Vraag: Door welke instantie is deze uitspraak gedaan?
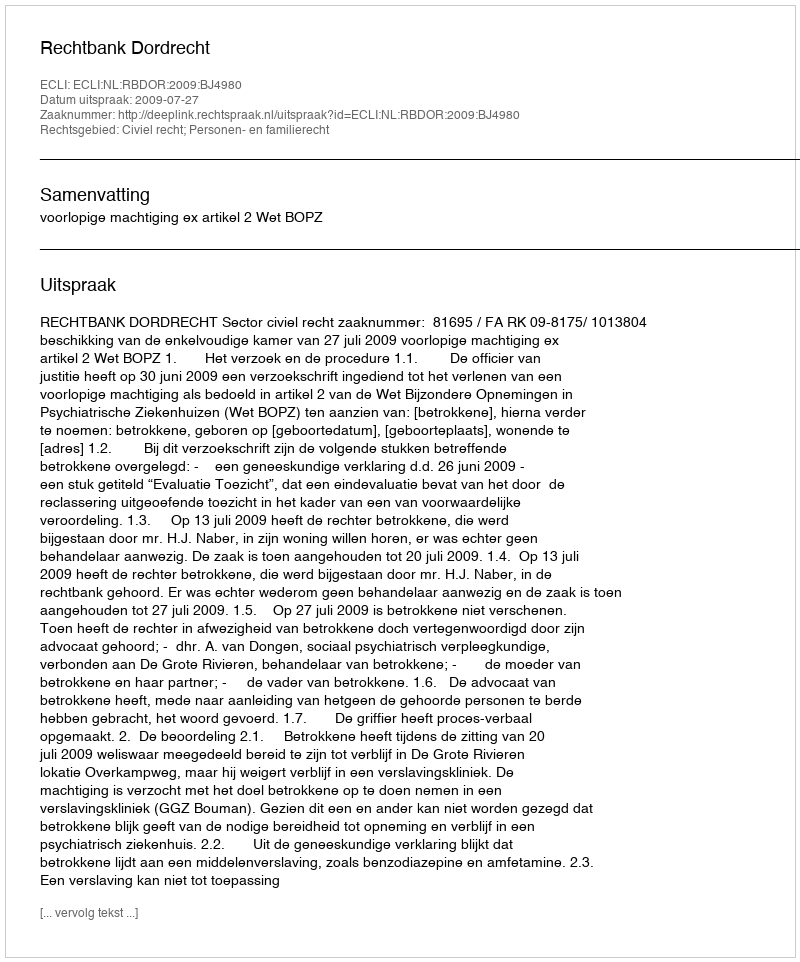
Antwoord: Rechtbank Dordrecht